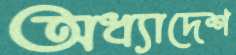
অধ্যাদেশ